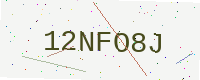
Text: 12NFO8J